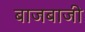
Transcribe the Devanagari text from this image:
बाजबाजी